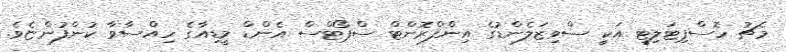
މެޗު ހޮސްޕިޓަލިޓީ އަކީ ސްވިޒަލެންޑުގެ އިންފްރޮންޓް ސްޕޯޓްސް އެންޑް މީޑިއާގެ ހިއްސާވާ ކުންފުންޏެވެ.